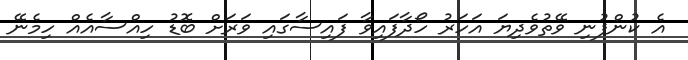
އެ ކުންފުނި ވޭތުވެދިޔަ އަހަރު ހޯދާފައިވާ ފައިސާގައި ވަރަށް ބޮޑު ހިއްސާއެއް ހިމެނޭ